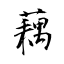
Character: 藕